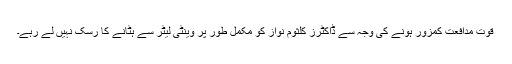
قوت مدافعت کمزور ہونے کی وجہ سے ڈاکٹرز کلثوم نواز کو مکمل طور پر وینٹی لیٹر سے ہٹانے کا رسک نہیں لے رہے۔